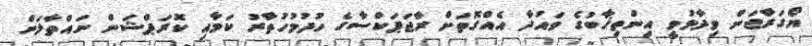
ޔޯގަރާޖަން ވިދާޅުވީ އިންތިޚާބުގެ ވައުދާ އެއްގޮތަށް ރާޖަޕަކްސާގެ ހުދުމުހުތާރު ކަމާއި ކޮރަޕްޝަން ނައްތާލަން